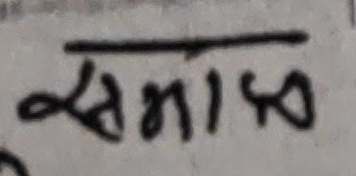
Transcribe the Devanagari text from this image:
समाप्त